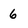
Character: 6